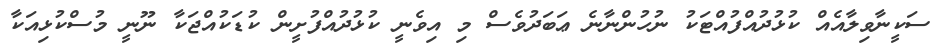
ސަކީނާވިލާއެއް ކުޅުދުއްފުއްޓަކު ނުހުންނާނެ ޢަބަދުވެސް މި އިވެނީ ކުޅުދުއްފުށީން ކުޑަކުއްޖަކާ ނޫނީ މުސްކުޅިއަކާ